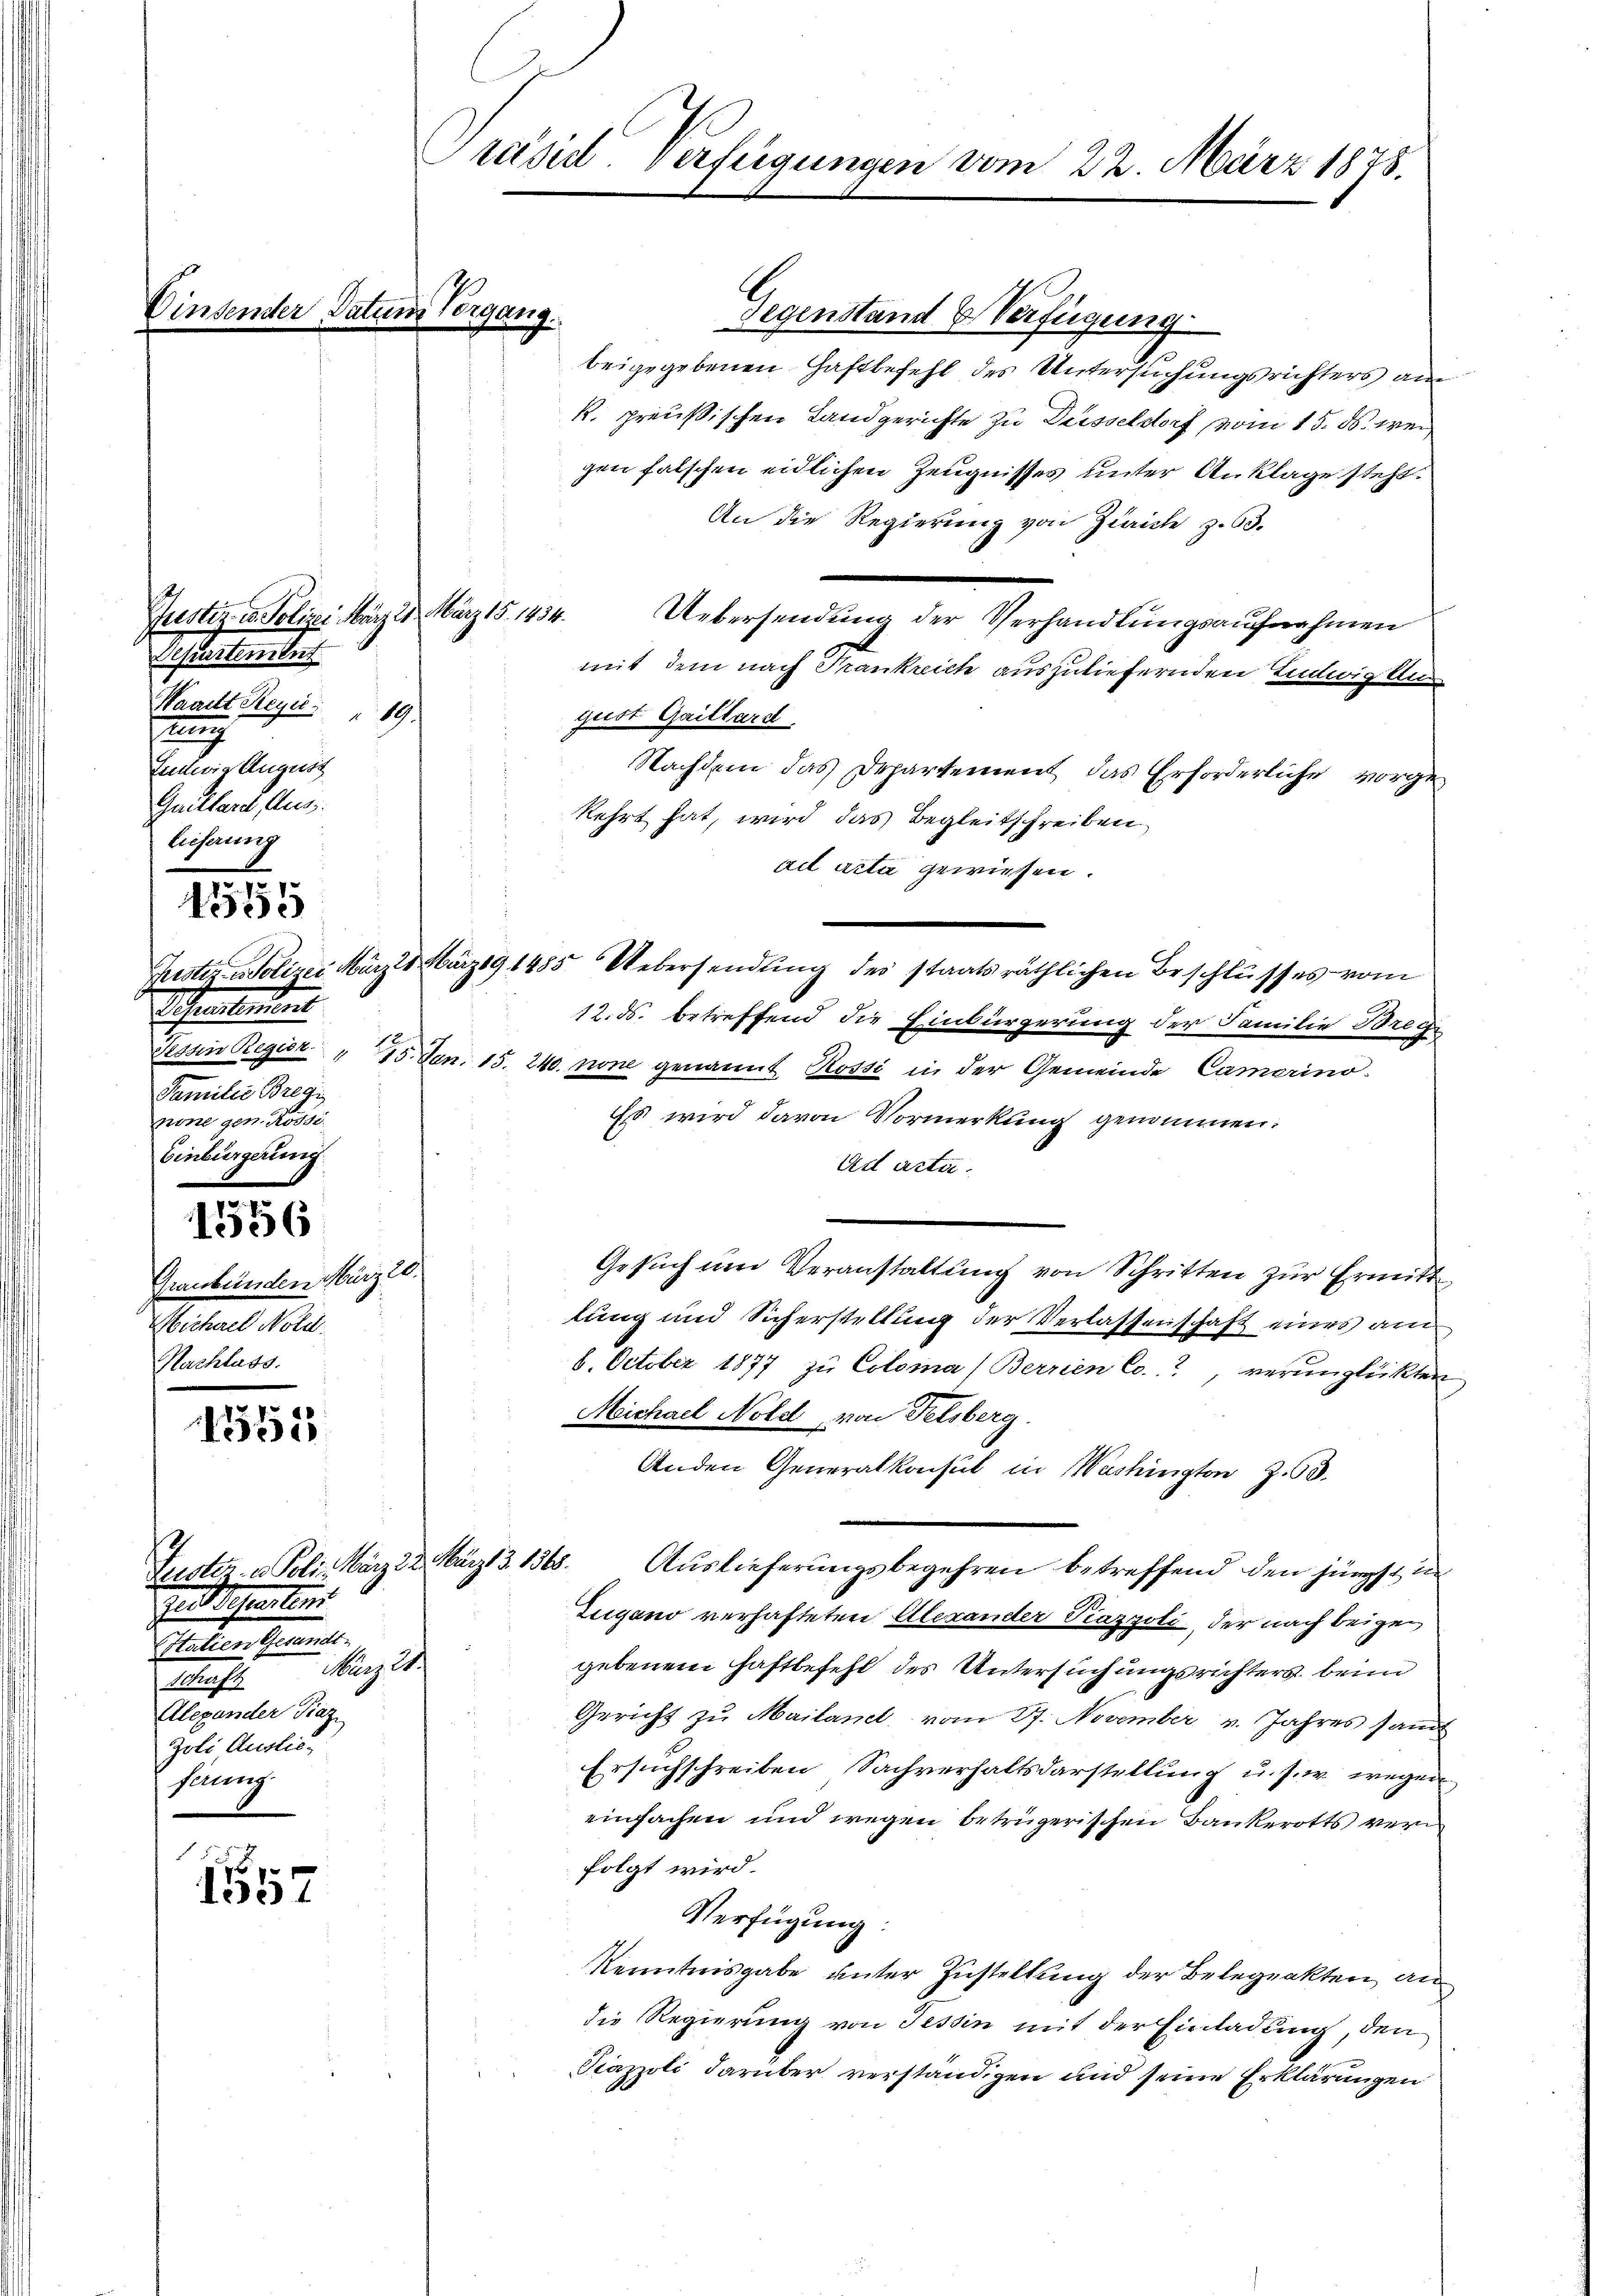
Justiz in Polizei März 21. März 15. 1434.
epartement
Waadt Reyn. 19.
Munch
Entwie August
Guillard Aus
lieferung

45555

Scheinanden
Familie Bregi
none gen. Rosse
Einbürgering

1556

Graubünden März 10.
Michael Nold.
Nachlass.

1551

Zustiz- u. Poli. März 22. März 3. 1568.
In Beseitins
Italien Gesandt.
Maag 24.
luft
Alexander Piaz
Joli Ausliefnung.

.
1557

Vinsender Datum Vorgang.

räsid. Verfügungen vom 22. März 1878.

Gegenstand & Verfügung
beigegebenen Haftbefehl des Untersuchungsrichters am
k. preußischen Landgerichte zu Düsseldorf vom 15. ds. wei
gen falschen eidlichen Zeugnisses unter Anklage steht.
An die Regierung von Zürich z. 63.
Uebersendung der Verhandlungsaufnahmen
mit dem nach Frankreich auszuliefernden Endwig un
gust Gaillard
Nachdem das Departement das Erforderliche vorgekehrt hat, wird das Begleitschreiben
ail acta gewiesen.
Frister Polizei Märzes März 191485 Uebersendung des staatsräthlichen Beschlusses vom
12. ds. betreffend die Einbürgerung der Familie Brege
Tessin Regier. " 15. Jan. 15. 240. pone genannt Rossi in der Gemeinde Camerino-
Es wird davon Vormerkung genommen.
Ad acta.
.
Gesuch um Veranstaltung von Schritten zur Ermitt
lung und Sicherstellung der Verlassenschaft eines am
8. October 1877 zu Coloma (Berrien Co., verunglückten
Michael Nold, von Felsberg
Anden Generalkonsul in Washington Z. 63.
Auslieferungsbegehren betreffend den jüngst in
Zugano verhafteten Alexander Piazzoli, der nach beigen
gebenem Haftbefehl des Untersuchungsrichters, beim
Gericht zu Mailand, vom 27. November v. Jahres sandt
Ersuchschreiben Sachverhaltsdarstellung u. s. w. wegen
einfachen und wegen betrügerischen Bankerotts ver
folgt wird.
Verfügung:
Kenntnisgabe unter Zustellung der Belegenkten an
die Regierung von Tessin mit der Einladung, den
Pazzoli darüber verständigen und seine Erklärungen